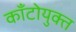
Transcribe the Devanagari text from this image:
काँटोयुक्त